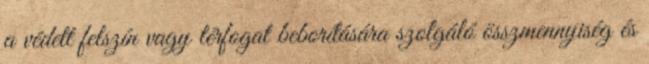
a védett felszín vagy térfogat beborítására szolgáló összmennyiség és